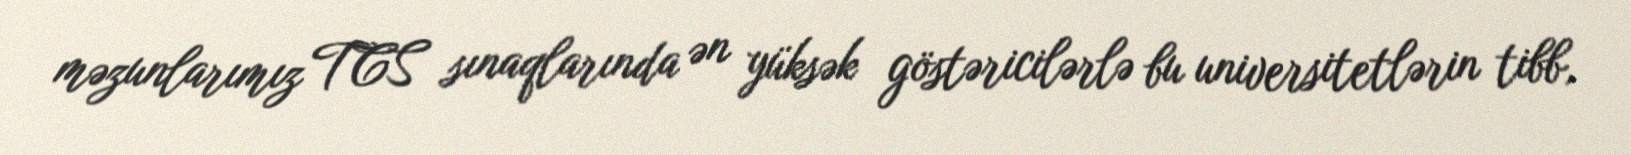
məzunlarımız TCS sınaqlarında ən yüksək göstəricilərlə bu universitetlərin tibb,